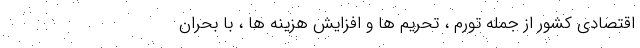
اقتصادی کشور از جمله تورم ، تحریم ها و افزایش هزینه ها ، با بحران